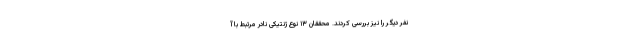
نفر دیگر را نیز بررسی کردند. محققان ۱۳ نوع ژنتیکی نادر مرتبط با آ